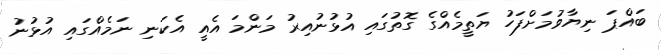
ބައްޕަ ނިޔާވުމަށްފަހު ޔަތީމެއްގެ ގޮތުގައި އުޅުނުއިރު މަންމަ އެއީ އެކަނި ނަމެއްގައި އުޅުނު